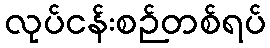
လုပ်ငန်းစဉ်တစ်ရပ်